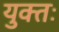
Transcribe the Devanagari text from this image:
युक्‍तः